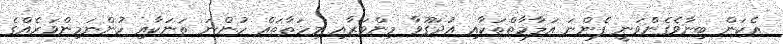
އެކަން ބިނާވެގެންވަނީ ފެންނަ އަލާމާތްތަކާއި އުދަގޫވާ މިންވަރާއި މިހަތާތައް ހުންނަ ތަނަކާއި ހުންނަމިންވަރެއްގެ